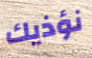
نؤذيك